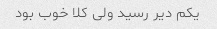
یکم دیر رسید ولی کلا خوب بود